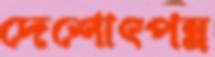
দেশোৎপন্ন